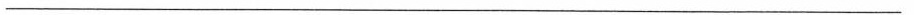
___